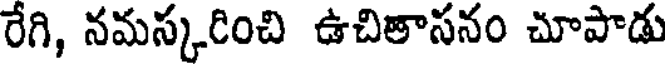
రేగి, నమస్కరించి ఉచితాసనం చూపాడు